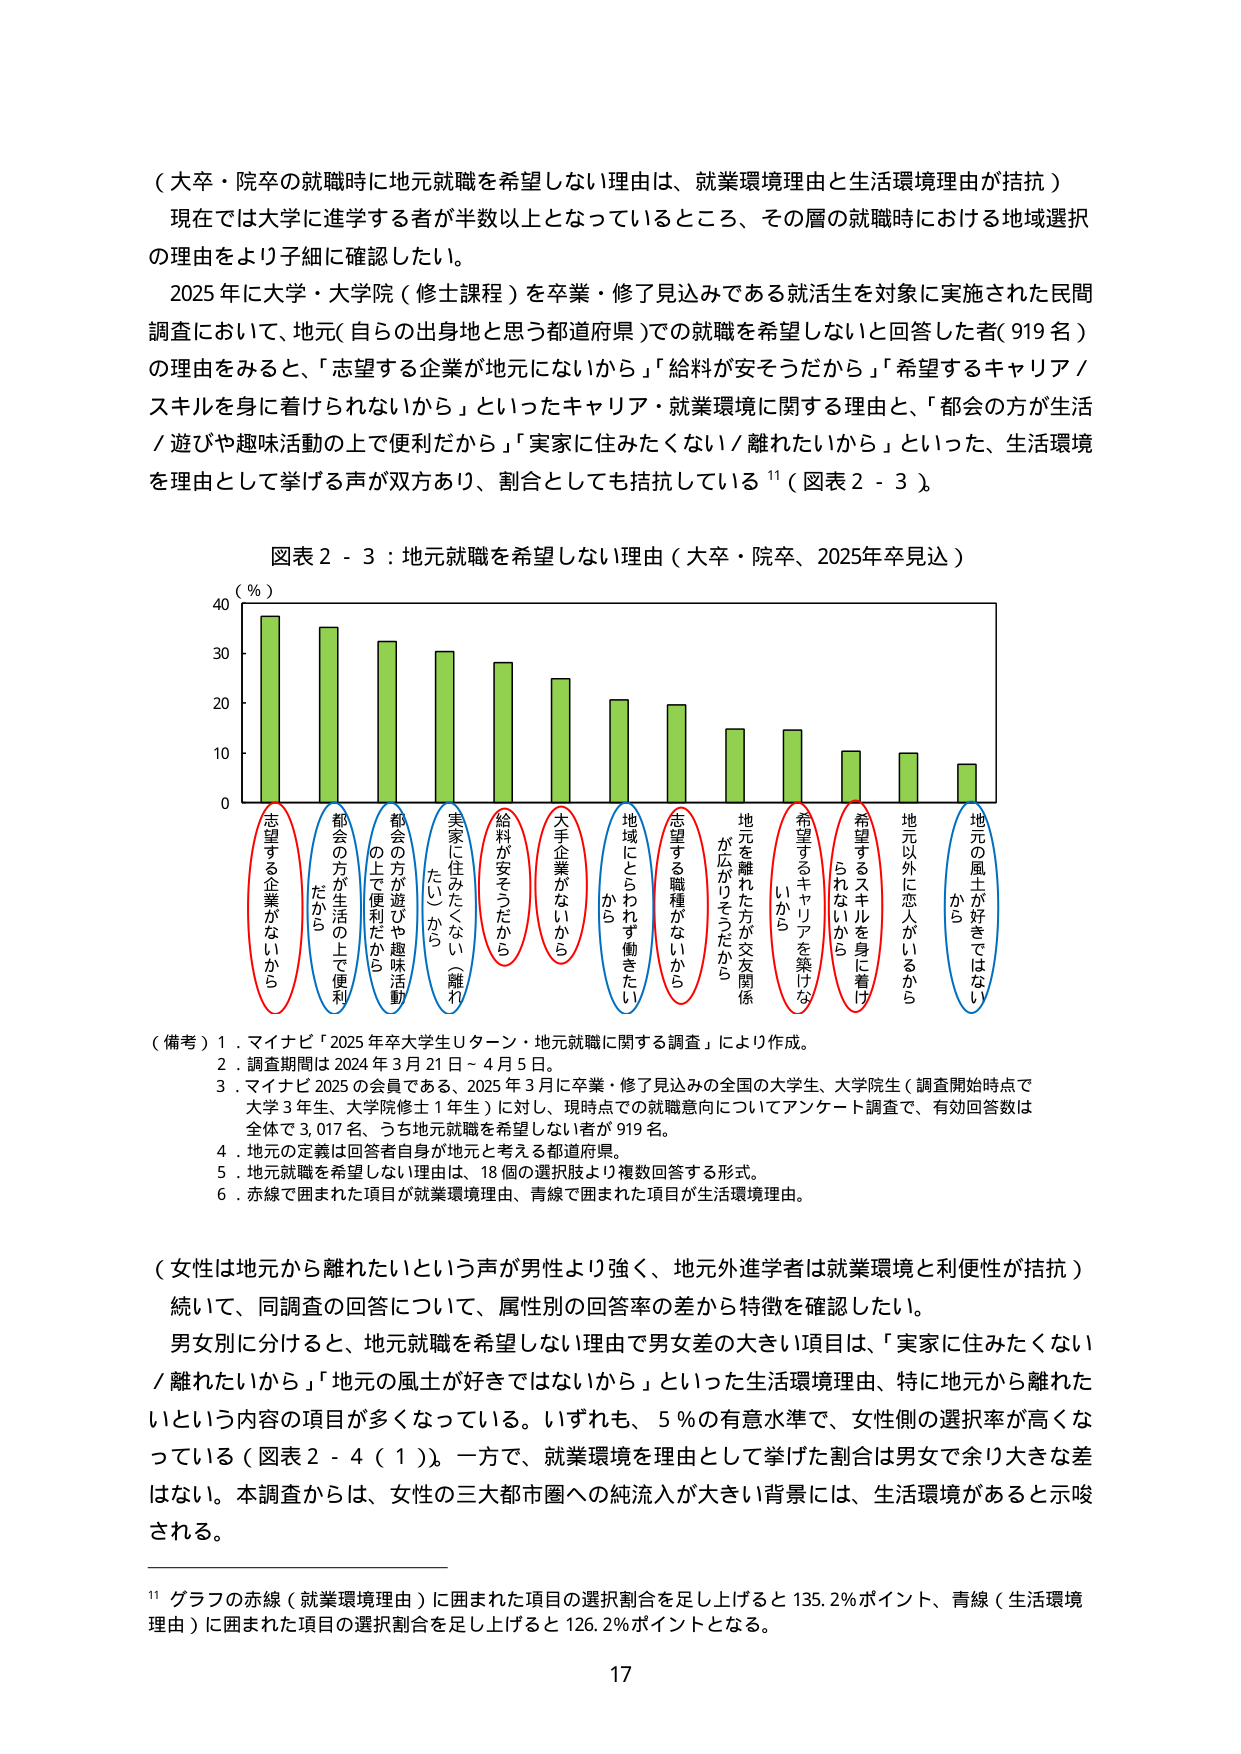
（大卒・院卒の就職時に地元就職を希望しない理由は、就業環境理由と生活環境理由が拮抗）

現在では大学に進学する者が半数以上となっているところ、その層の就職時における地域選択の理由をより子細に確認したい。

2025年に大学・大学院（修士課程）を卒業・修了見込みである就活生を対象に実施された民間調査において、地元（自らの出身地と思う都道府県）での就職を希望しないと回答した者（919名）の理由をみると、「志望する企業が地元にないから」「給料が安そうだから」「希望するキャリア／スキルを身に着けられないから」といったキャリア・就業環境に関する理由と、「都会の方が生活／遊びや趣味活動の上で便利だから」「実家に住みたくない／離れたいから」といった、生活環境を理由として挙げる声が双方あり、割合としても拮抗している¹¹（図表2-3）。

図表2-3：地元就職を希望しない理由（大卒・院卒、2025年卒見込）

（％）
40
30
20
10
0

（赤線で囲まれた項目）
志望する企業がないから
都会の方が生活の上で便利だから
都会の方が遊びや趣味活動の上で便利だから
実家に住みたくない（離れたい）から
給料が安そうだから
大手企業がないから
地域にとらわれず働きたいから
志望する職種がないから
地元を離れた方が交友関係が広がりそうだから
希望するキャリアを築けないから
希望するスキルを身に着けられないから
地元以外に恋人がいるから
地元の風土が好きではないから

（備考）
1．マイナビ「2025年卒大学生Uターン・地元就職に関する調査」により作成。
2．調査期間は2024年3月21日～4月5日。
3．マイナビ2025の会員である、2025年3月に卒業・修了見込みの全国の大学生、大学院生（調査開始時点で大学3年生、大学院修士1年生）に対し、現時点での就職意向についてアンケート調査で、有効回答数は全体で3,017名、うち地元就職を希望しない者が919名。
4．地元の定義は回答者自身が地元と考える都道府県。
5．地元就職を希望しない理由は、18個の選択肢より複数回答する形式。
6．赤線で囲まれた項目が就業環境理由、青線で囲まれた項目が生活環境理由。

（女性は地元から離れたいという声が男性より強く、地元外進学者は就業環境と利便性が拮抗）

続いて、同調査の回答について、属性別の回答率の差から特徴を確認したい。

男女別に分けると、地元就職を希望しない理由で男女差の大きい項目は、「実家に住みたくない／離れたいから」「地元の風土が好きではないから」といった生活環境理由、特に地元から離れたいという内容の項目が多くなっている。いずれも、5％の有意水準で、女性側の選択率が高くなっている（図表2-4（1））。一方で、就業環境を理由として挙げた割合は男女で余り大きな差はない。本調査からは、女性の三大都市圏への純流入が大きい背景には、生活環境があると示唆される。

¹¹ グラフの赤線（就業環境理由）に囲まれた項目の選択割合を足し上げると135.2％ポイント、青線（生活環境理由）に囲まれた項目の選択割合を足し上げると126.2％ポイントとなる。

17